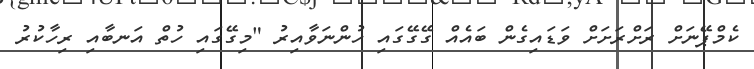
ކެމްޕޭނަށް ރަށްރަށަށް ވަޑައިގެން ބައެއް ގޭގޭގައި ހުންނަވާއިރު "މިގޭގައި ހުތް އަނބާއި ރިހާކުރު